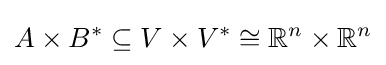
A\times B^{*}\subseteq V\times V^{*}\cong \mathbb {R} ^{n}\times \mathbb {R} ^{n}